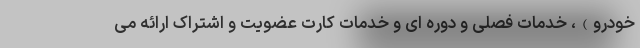
خودرو)، خدمات فصلی و دوره ای و خدمات کارت عضویت و اشتراک ارائه می